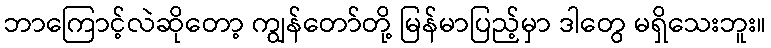
ဘာကြောင့်လဲဆိုတော့ ကျွန်တော်တို့ မြန်မာပြည့်မှာ ဒါတွေ မရှိသေးဘူး။